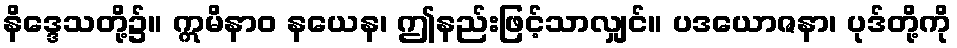
နိဒ္ဒေသတို့၌။ ဣမိနာဝ နယေန၊ ဤနည်းဖြင့်သာလျှင်။ ပဒယောဇနာ၊ ပုဒ်တို့ကို